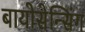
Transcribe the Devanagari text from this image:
बायोसेन्सिंग